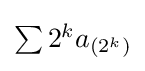
{\textstyle \sum 2^{k}a_{(2^{k})}}